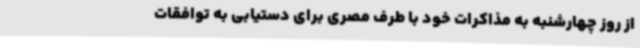
از روز چهارشنبه به مذاکرات خود با طرف مصری برای دستیابی به توافقات